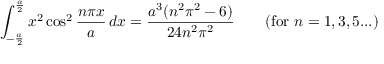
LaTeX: \int _ { - { \frac { a } { 2 } } } ^ { \frac { a } { 2 } } x ^ { 2 } \cos ^ { 2 } { \frac { n \pi x } { a } } \, d x = { \frac { a ^ { 3 } ( n ^ { 2 } \pi ^ { 2 } - 6 ) } { 2 4 n ^ { 2 } \pi ^ { 2 } } } \qquad { \mathrm { ( f o r ~ } } n = 1 , 3 , 5 . . . { \mathrm { ) } }